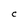
Character: C